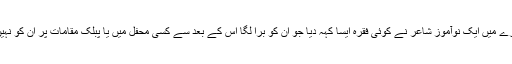
کسی مشاعرے میں ایک نوآموز شاعر نے کوئی فقرہ ایسا کہہ دیا جو ان کو برا لگا اس کے بعد سے کسی محفل میں یا پبلک مقامات پر ان کو نہیں دیکھا گیا۔